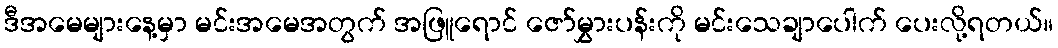
ဒီအမေများနေ့မှာ မင်းအမေအတွက် အဖြူရောင် ဇော်မွှားပန်းကို မင်းသေချာပေါက် ပေးလို့ရတယ်။